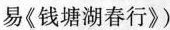
易《钱塘湖春行》)